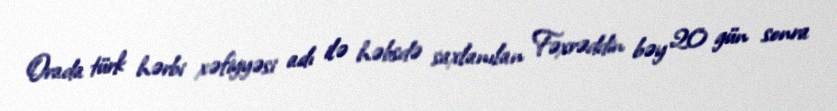
Orada türk hərbi xəfiyyəsi adı ilə həbsdə saxlanılan Fəxrəddin bəy 20 gün sonra